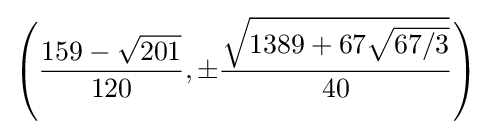
\left({\frac {159-{\sqrt {201}}}{120}},\pm {\frac {\sqrt {1389+67{\sqrt {67/3}}}}{40}}\right)